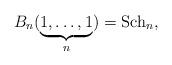
LaTeX: \begin{gather*}B_n(\underbrace{1,\ldots,1}_n) = {\rm Sch}_n,\end{gather*}